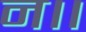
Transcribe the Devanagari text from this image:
न।।